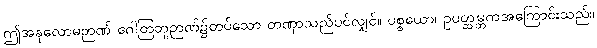
ဤအနုလောမဉာဏ် ဂေါတြဘူဉာဏ်၌တပ်သော တဏှာသည်ပင်လျှင်။ ပစ္စယော၊ ဥပတ္ထမ္ဘကအကြောင်းသည်။